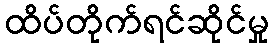
ထိပ်တိုက်ရင်ဆိုင်မှု